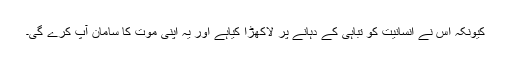
کیونکہ اس نے انسانیت کو تباہی کے دہانے پر لاکھڑا کیاہے اور یہ اپنی موت کا سامان آپ کرے گی۔